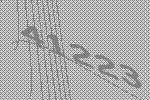
41223